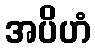
အပိဟံ